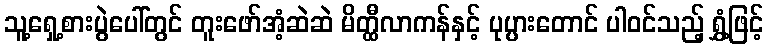
သူ့ရှေ့စားပွဲပေါ်တွင် တူးဖော်အံ့ဆဲဆဲ မိတ္ထီလာကန်နှင့် ပုပ္ပားတောင် ပါဝင်သည့် ရွှံ့ဖြင့်